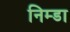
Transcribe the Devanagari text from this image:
निम्डा